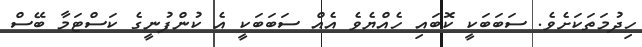
ހިދުމަތަކަށެވެ. ސަބަބަކީ ކޮބައި ހެއްޔެވެ އެއް ސަބަބަކީ އެ ކުންފުނީގެ ކަސްޓަމާ ބޭސް